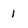
Character: 1